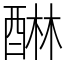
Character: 醂